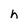
Character: h